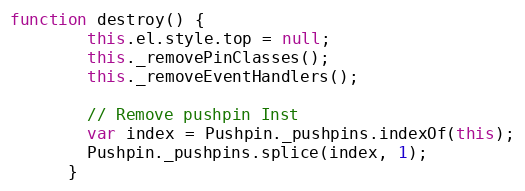
Language: JavaScript
function destroy() {
        this.el.style.top = null;
        this._removePinClasses();
        this._removeEventHandlers();

        // Remove pushpin Inst
        var index = Pushpin._pushpins.indexOf(this);
        Pushpin._pushpins.splice(index, 1);
      }